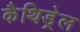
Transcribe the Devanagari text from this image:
कैथिड्रेल